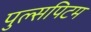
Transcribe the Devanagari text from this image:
पुल्सपिटम